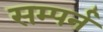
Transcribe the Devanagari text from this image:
सम्पर्न